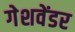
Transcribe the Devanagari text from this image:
गेशवेंडर